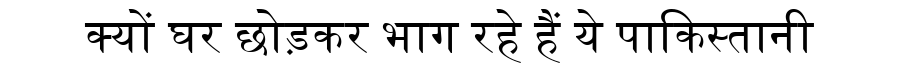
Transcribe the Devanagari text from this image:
क्यों घर छोड़कर भाग रहे हैं ये पाकिस्तानी